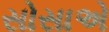
સોસાએ